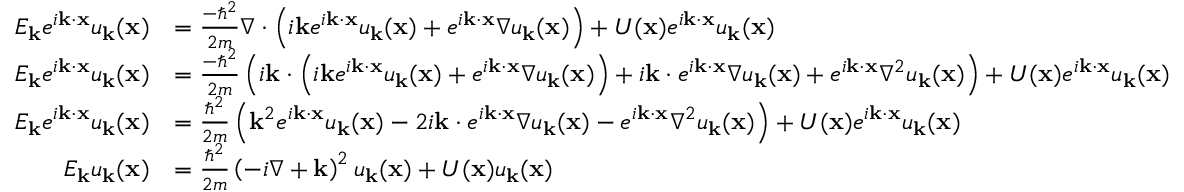
{ \begin{array} { r l } { E _ { \mathbf { k } } e ^ { i \mathbf { k } \cdot \mathbf { x } } u _ { \mathbf { k } } ( \mathbf { x } ) } & { = { \frac { - \hbar ^ { 2 } } { 2 m } } \nabla \cdot \left( i \mathbf { k } e ^ { i \mathbf { k } \cdot \mathbf { x } } u _ { \mathbf { k } } ( \mathbf { x } ) + e ^ { i \mathbf { k } \cdot \mathbf { x } } \nabla u _ { \mathbf { k } } ( \mathbf { x } ) \right) + U ( \mathbf { x } ) e ^ { i \mathbf { k } \cdot \mathbf { x } } u _ { \mathbf { k } } ( \mathbf { x } ) } \\ { E _ { \mathbf { k } } e ^ { i \mathbf { k } \cdot \mathbf { x } } u _ { \mathbf { k } } ( \mathbf { x } ) } & { = { \frac { - \hbar ^ { 2 } } { 2 m } } \left( i \mathbf { k } \cdot \left( i \mathbf { k } e ^ { i \mathbf { k } \cdot \mathbf { x } } u _ { \mathbf { k } } ( \mathbf { x } ) + e ^ { i \mathbf { k } \cdot \mathbf { x } } \nabla u _ { \mathbf { k } } ( \mathbf { x } ) \right) + i \mathbf { k } \cdot e ^ { i \mathbf { k } \cdot \mathbf { x } } \nabla u _ { \mathbf { k } } ( \mathbf { x } ) + e ^ { i \mathbf { k } \cdot \mathbf { x } } \nabla ^ { 2 } u _ { \mathbf { k } } ( \mathbf { x } ) \right) + U ( \mathbf { x } ) e ^ { i \mathbf { k } \cdot \mathbf { x } } u _ { \mathbf { k } } ( \mathbf { x } ) } \\ { E _ { \mathbf { k } } e ^ { i \mathbf { k } \cdot \mathbf { x } } u _ { \mathbf { k } } ( \mathbf { x } ) } & { = { \frac { \hbar ^ { 2 } } { 2 m } } \left( \mathbf { k } ^ { 2 } e ^ { i \mathbf { k } \cdot \mathbf { x } } u _ { \mathbf { k } } ( \mathbf { x } ) - 2 i \mathbf { k } \cdot e ^ { i \mathbf { k } \cdot \mathbf { x } } \nabla u _ { \mathbf { k } } ( \mathbf { x } ) - e ^ { i \mathbf { k } \cdot \mathbf { x } } \nabla ^ { 2 } u _ { \mathbf { k } } ( \mathbf { x } ) \right) + U ( \mathbf { x } ) e ^ { i \mathbf { k } \cdot \mathbf { x } } u _ { \mathbf { k } } ( \mathbf { x } ) } \\ { E _ { \mathbf { k } } u _ { \mathbf { k } } ( \mathbf { x } ) } & { = { \frac { \hbar ^ { 2 } } { 2 m } } \left( - i \nabla + \mathbf { k } \right) ^ { 2 } u _ { \mathbf { k } } ( \mathbf { x } ) + U ( \mathbf { x } ) u _ { \mathbf { k } } ( \mathbf { x } ) } \end{array} }